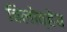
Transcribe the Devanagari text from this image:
बिलोव्हेच